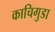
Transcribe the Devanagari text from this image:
काचिगुडा